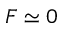
F \simeq 0